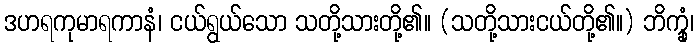
ဒဟရကုမာရကာနံ၊ ငယ်ရွယ်သော သတို့သားတို့၏။ (သတို့သားငယ်တို့၏။) ဘိက္ခုံ၊